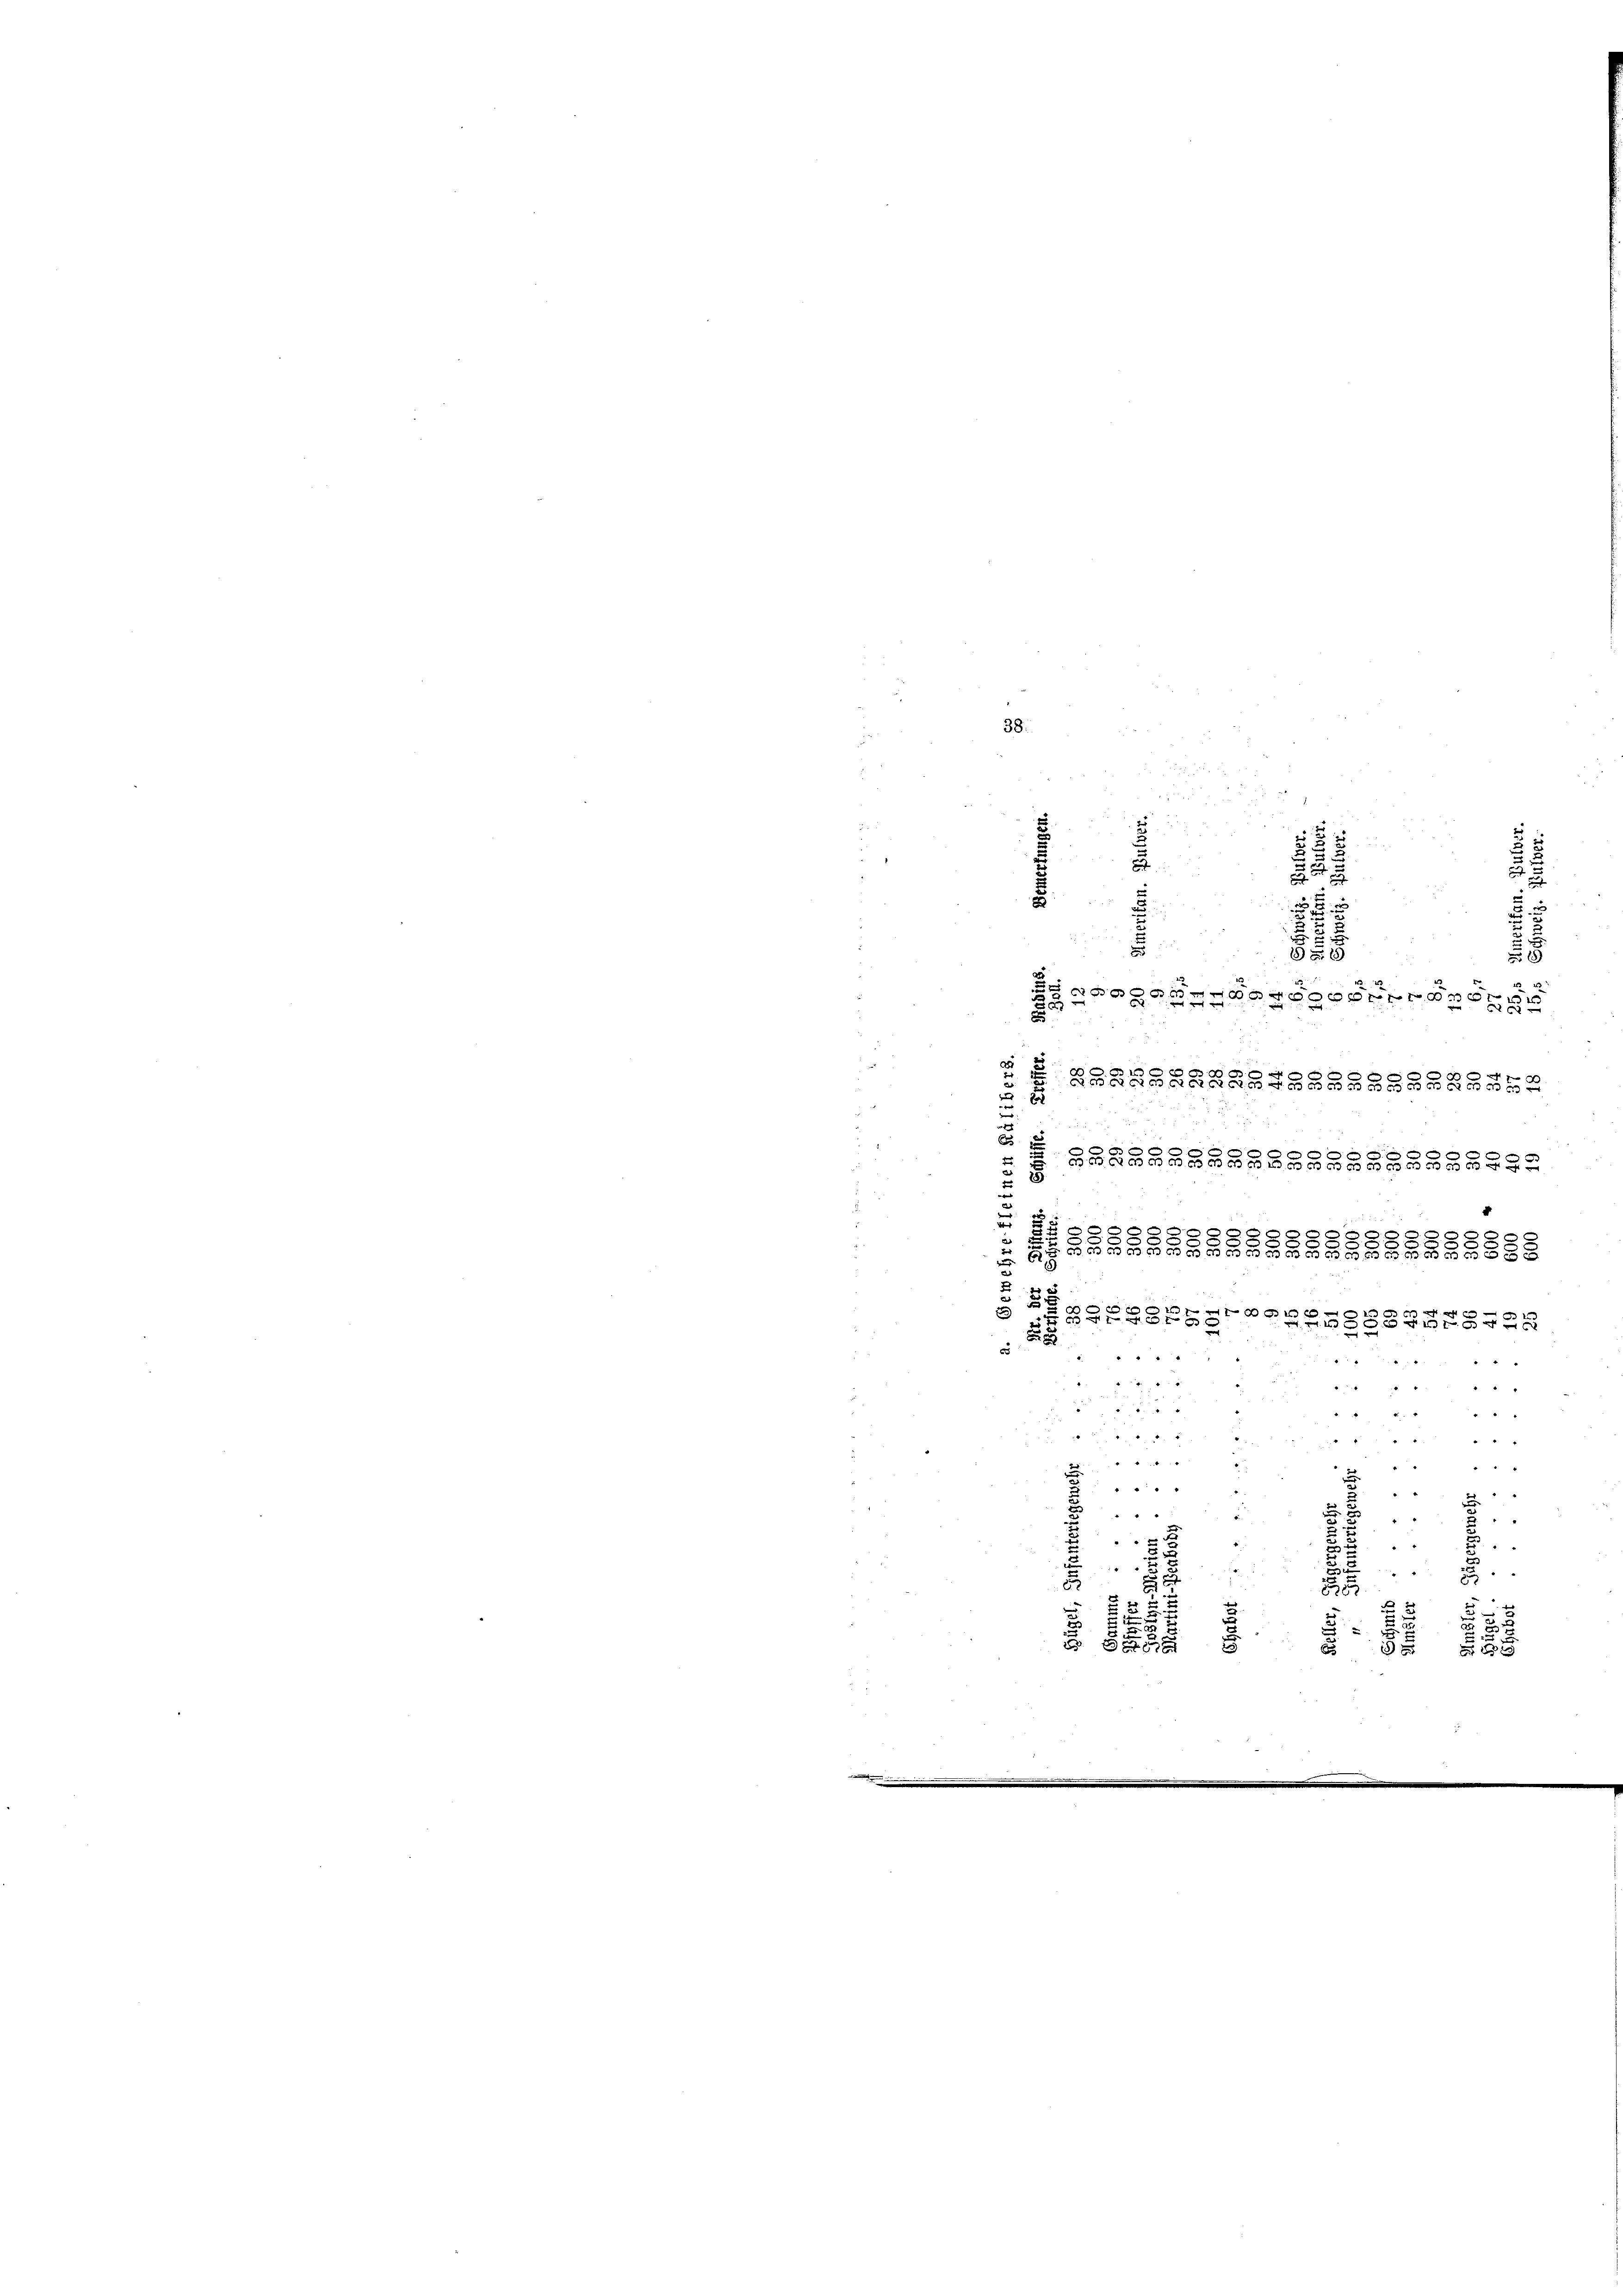
38.

un
3
.
.

2
5
2
2
2

e
8
25

1
19
a

8 00000 f 400000000
E
 BREGENRASSAABGBLBERS
 Zedelgasse
.
 20
c
 4
"

.
4.
e
g

2
d
2

5
de
e
a
4
.
.
u
4
5
25
d
25
x
5
22
x
e

8.
a
2
e
u
223

 25 x
2